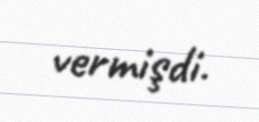
vermişdi.